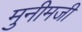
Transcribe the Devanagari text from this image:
मुनीमजी